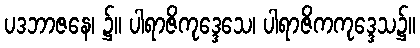
ပဒဘာဇနေ၊ ၌။ ပါရာဇိကုဒ္ဒေသေ၊ ပါရာဇိကကုဒ္ဒေသ၌။